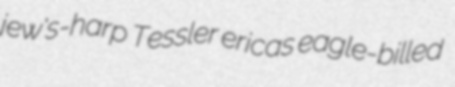
jew's-harp Tessler ericas eagle-billed